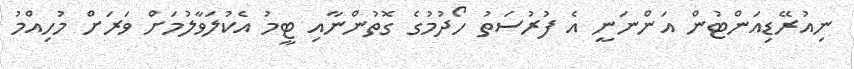
ނިއުރޭޑިއަންޓުން އަންނަނީ އެ ފުރުސަތު ހޯދުމުގެ ގޮތުންނާއި ޓީމު އެކުލަވާލުމަށް ވަރަށް މުހިއްމު